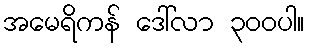
အမေရိကန် ဒေါ်လာ ၃၀၀ပါ။